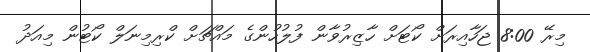
މިރޭ 8:00 ޖަހާއިރަށް ކޯޓަށް ހާޒިރުވާން ފުލުހުންގެ މައްޗަށް ކްރިމިނަލް ކޯޓުން މިއަދު